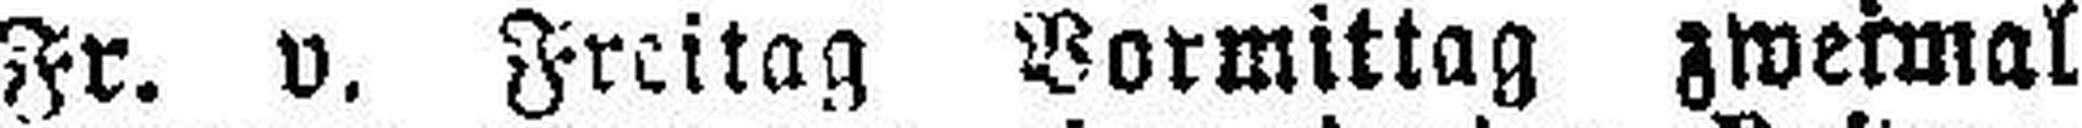
Fr. v. Freitag Vormittag zweimal